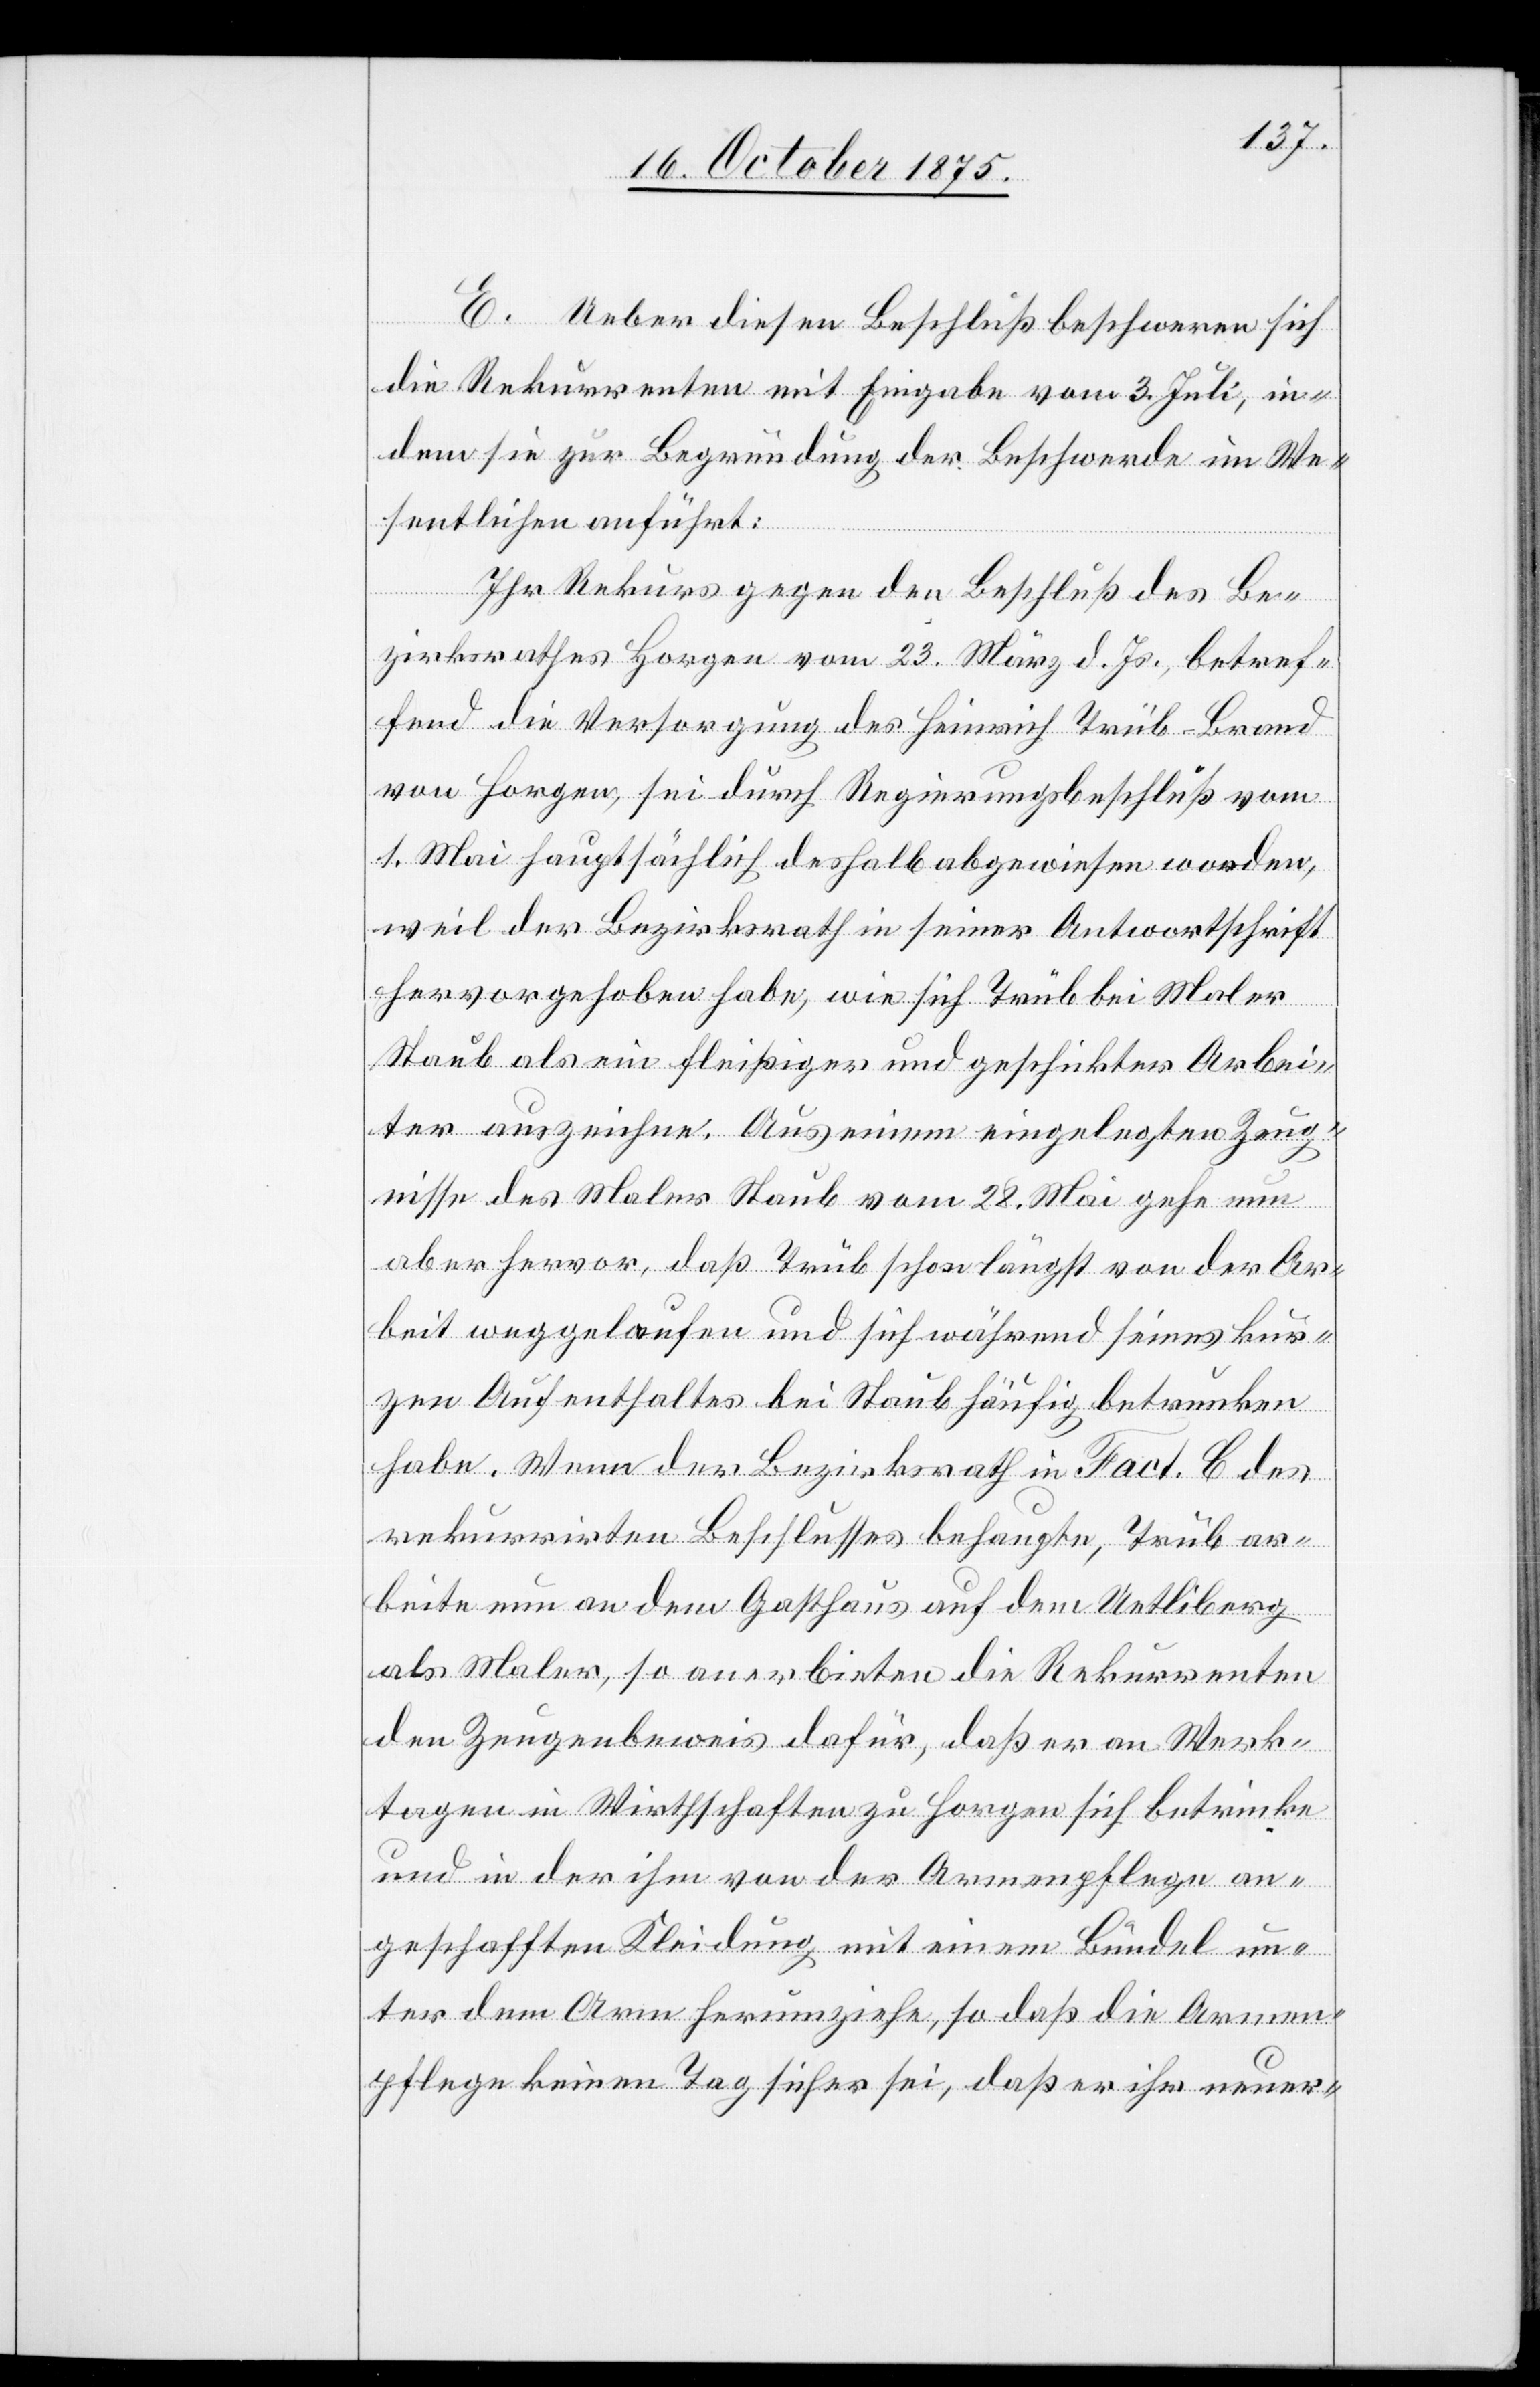
E. Ueber diesen Beschluß beschweren sich
die Rekurrenten mit Eingabe vom 3. Juli, in¬
dem sie zur Begründung der Beschwerde im We¬
sentlichen anführt:
Ihr Rekurs gegen den Beschluß des Be¬
zirksrathes Horgen vom 23. März d. Js., betref¬
fend die Versorgung des Heinrich Trüb-Brand
von Horgen, sei durch Regierungsbeschluß vom
1. Mai hauptsächlich deshalb abgewiesen worden,
weil der Bezirksrath in seiner Antwortschrift
hervorgehoben habe, wie sich Trüb bei Maler
Staub als ein fleißiger und geschickter Arbei¬
ter auszeichne. Aus einem eingelegten Zeug¬
nisse des Maler Staub vom 28. Mai gehe nun
aber hervor, daß Trüb schon längst von der Ar¬
beit weggelaufen und sich während seines kur¬
zen Aufenthaltes bei Staub häufig betrunken
habe. Wenn der Bezirksrath in Fact. C des
rekurrirten Beschlusses behaupte, Trüb ar¬
beite nun an dem Gasthaus auf dem Uetliberg
als Maler, so anerbieten die Rekurrenten
den Zeugenbeweis dafür, daß er an Werk¬
tagen in Wirthschaften zu Horgen sich betrinke
und in der ihm von der Armenpflege an¬
geschafften Kleidung mit einem Bündel un¬
ter dem Arm herumziehe, so daß die Armen¬
pflege keinen Tag sicher sei, daß er ihr neuer-